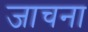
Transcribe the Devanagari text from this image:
जाचना